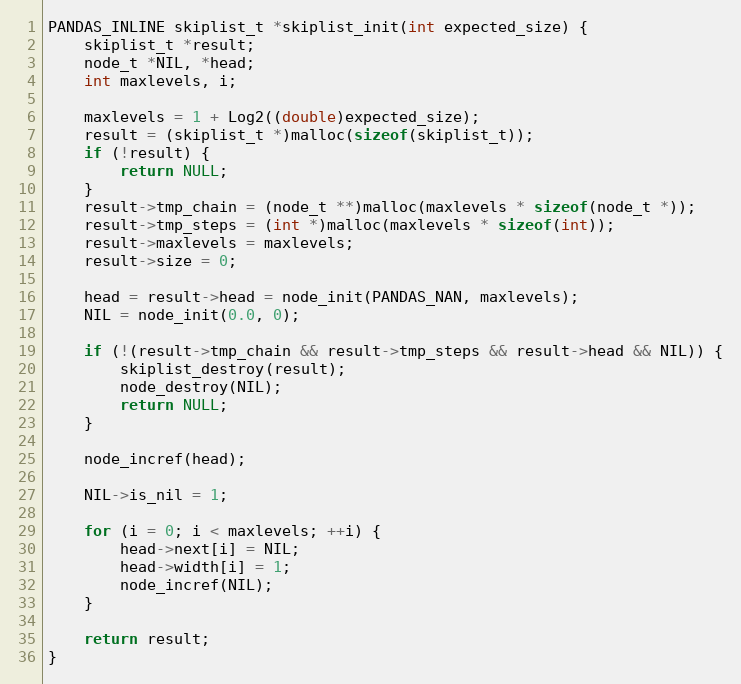
Language: C
PANDAS_INLINE skiplist_t *skiplist_init(int expected_size) {
    skiplist_t *result;
    node_t *NIL, *head;
    int maxlevels, i;

    maxlevels = 1 + Log2((double)expected_size);
    result = (skiplist_t *)malloc(sizeof(skiplist_t));
    if (!result) {
        return NULL;
    }
    result->tmp_chain = (node_t **)malloc(maxlevels * sizeof(node_t *));
    result->tmp_steps = (int *)malloc(maxlevels * sizeof(int));
    result->maxlevels = maxlevels;
    result->size = 0;

    head = result->head = node_init(PANDAS_NAN, maxlevels);
    NIL = node_init(0.0, 0);

    if (!(result->tmp_chain && result->tmp_steps && result->head && NIL)) {
        skiplist_destroy(result);
        node_destroy(NIL);
        return NULL;
    }

    node_incref(head);

    NIL->is_nil = 1;

    for (i = 0; i < maxlevels; ++i) {
        head->next[i] = NIL;
        head->width[i] = 1;
        node_incref(NIL);
    }

    return result;
}